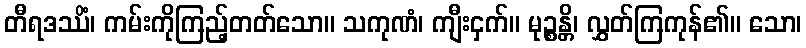
တီရဒဿိံ၊ ကမ်းကိုကြည့်တတ်သော။ သကုဏံ၊ ကျီးငှက်။ မုဉ္စန္တိ၊ လွှတ်ကြကုန်၏။ သော၊